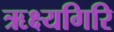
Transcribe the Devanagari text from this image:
ऋक्ष्यगिरि